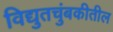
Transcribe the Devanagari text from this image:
विद्युतचुंबकीतील